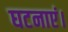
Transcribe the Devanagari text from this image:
घटनाएं।